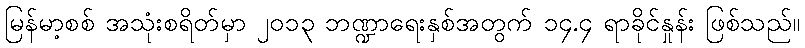
မြန်မာ့စစ် အသုံးစရိတ်မှာ ၂၀၁၃ ဘဏ္ဍာရေးနှစ်အတွက် ၁၄.၄ ရာခိုင်နှုန်း ဖြစ်သည်။